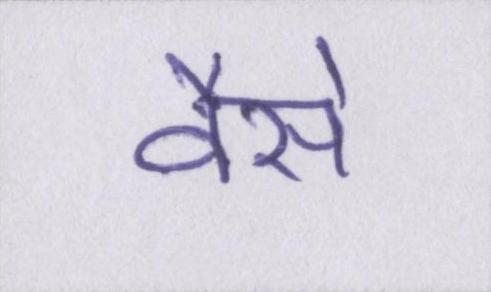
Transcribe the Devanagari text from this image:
वैसे